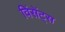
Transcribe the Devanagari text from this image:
विंसेंट्स